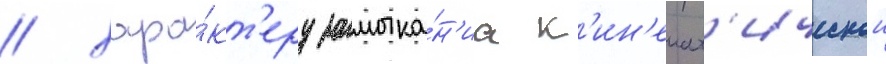
/ хара́кт'еру замыка́н'иа к'ин'емат'ическои